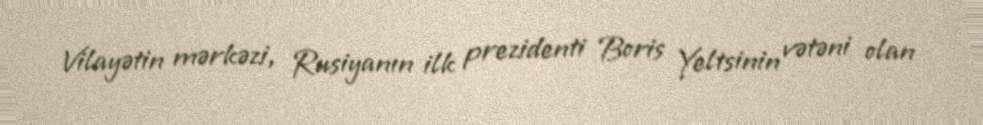
Vilayətin mərkəzi, Rusiyanın ilk prezidenti Boris Yeltsinin vətəni olan